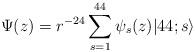
LaTeX: \begin{align*} \Psi(z) = r^{-24}\sum_{s=1}^{44}\psi_s(z)|44;s\rangle\end{align*}